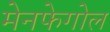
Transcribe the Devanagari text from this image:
मेनफेगोल